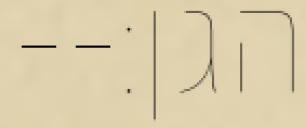
הגן׃--